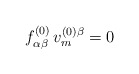
\begin{align*}f_{\alpha\beta}^{(0)}\,v_m^{(0)\beta}=0\end{align*}